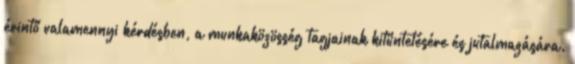
érintő valamennyi kérdésben, a munkaközösség tagjainak kitüntetésére és jutalmazására.